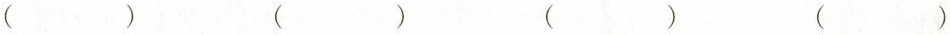
( ) ( ) ( ) ( )